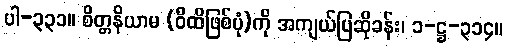
ပါ-၃၃၁။ စိတ္တနိယာမ (ဝီထိဖြစ်ပုံ)ကို အကျယ်ပြဆိုခန်း၊ ၁-ဋ္ဌ-၃၁၄။